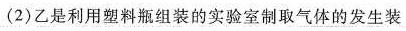
(2)乙是利用塑料瓶组装的实验室制取气体的发生装